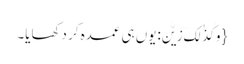
{ وَ کَذٰلِکَ زَیَّنَ:یوں ہی عمدہ کر دکھایا۔